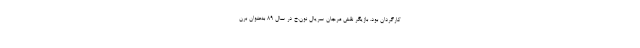
کارگردان بود. بازیگر نقش مرجان سریال نون.خ در سال 89 به‌عنوان برن